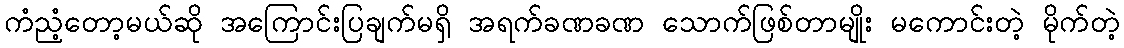
ကံညံ့တော့မယ်ဆို အကြောင်းပြချက်မရှိ အရက်ခဏခဏ သောက်ဖြစ်တာမျိုး မကောင်းတဲ့ မိုက်တဲ့